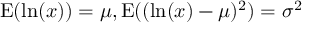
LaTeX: \operatorname { E } ( \ln ( x ) ) = \mu , \operatorname { E } ( ( \ln ( x ) - \mu ) ^ { 2 } ) = \sigma ^ { 2 }